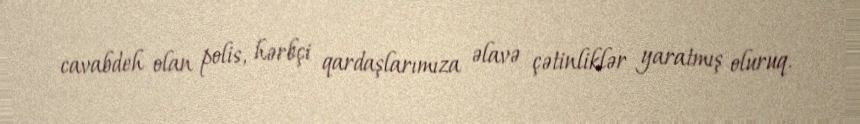
cavabdeh olan polis, hərbçi qardaşlarımıza əlavə çətinliklər yaratmış oluruq.